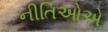
નીતિઓએ